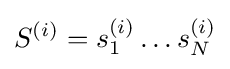
S^{(i)}=s_{1}^{(i)}\ldots s_{N}^{(i)}